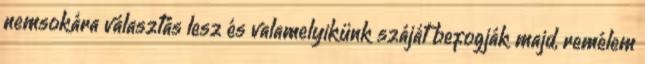
nemsokára választás lesz és valamelyikünk száját befogják majd, remélem